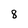
Character: 8